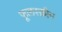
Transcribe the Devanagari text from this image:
फूलस्क्रीन